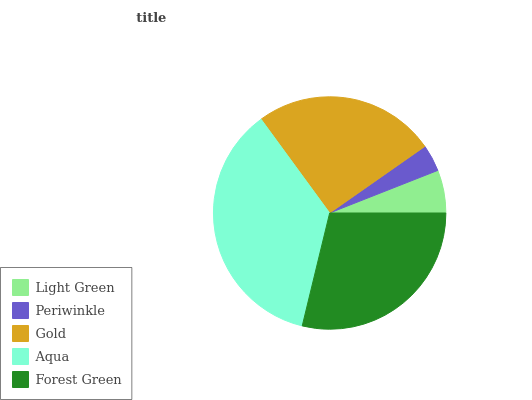
| Light Green | Periwinkle | Gold | Aqua | Forest Green |
 | --- | --- | --- | --- | --- |
 | 5.97% | 3.76% | 25.3% | 36.1% | 28.8% |